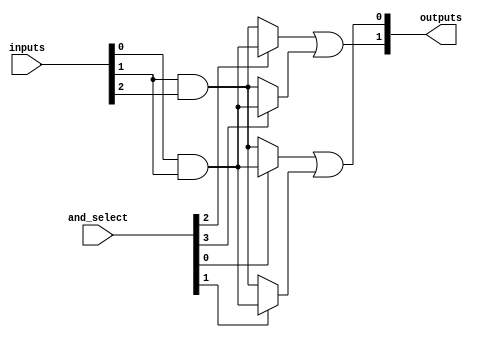
module hs_pal #(
    parameter NUM_INPUTS = 3, // Number of inputs (A, B, C, etc.)
    parameter NUM_AND_GATES = 4, // Number of programmable AND gates
    parameter NUM_OR_GATES = 2 // Number of fixed OR gates
)(
    input wire [NUM_INPUTS-1:0] inputs, // Input signals
    input wire [NUM_AND_GATES-1:0] and_select, // Select lines for AND gates
    output wire [NUM_OR_GATES-1:0] outputs // Output signals
);

// Internal wires for AND gate outputs
wire [NUM_AND_GATES-1:0] and_outputs;

// Programmable AND array
genvar i;
generate
    for (i = 0; i < NUM_AND_GATES; i = i + 1) begin : and_array
        // Each AND gate can be programmed based on the and_select signal
        assign and_outputs[i] = (and_select[i]) ? 
            (inputs[0] & inputs[1]) : // Example logic for AND gate
            (inputs[1] & inputs[2]); // Another example logic for AND gate
    end
endgenerate

// Fixed OR array
assign outputs[0] = and_outputs[0] | and_outputs[1]; // OR gate 1
assign outputs[1] = and_outputs[2] | and_outputs[3]; // OR gate 2

endmodule